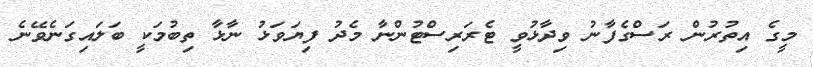
މީގެ އިތުރުން ރަސްގެފާނު ވިދާޅުވީ ޓެރަރިސްޓުންނާ މެދު ފިޔަވަޅު ނާޅާ ތިބުމަކީ ބަލައިގަނެވޭނެ